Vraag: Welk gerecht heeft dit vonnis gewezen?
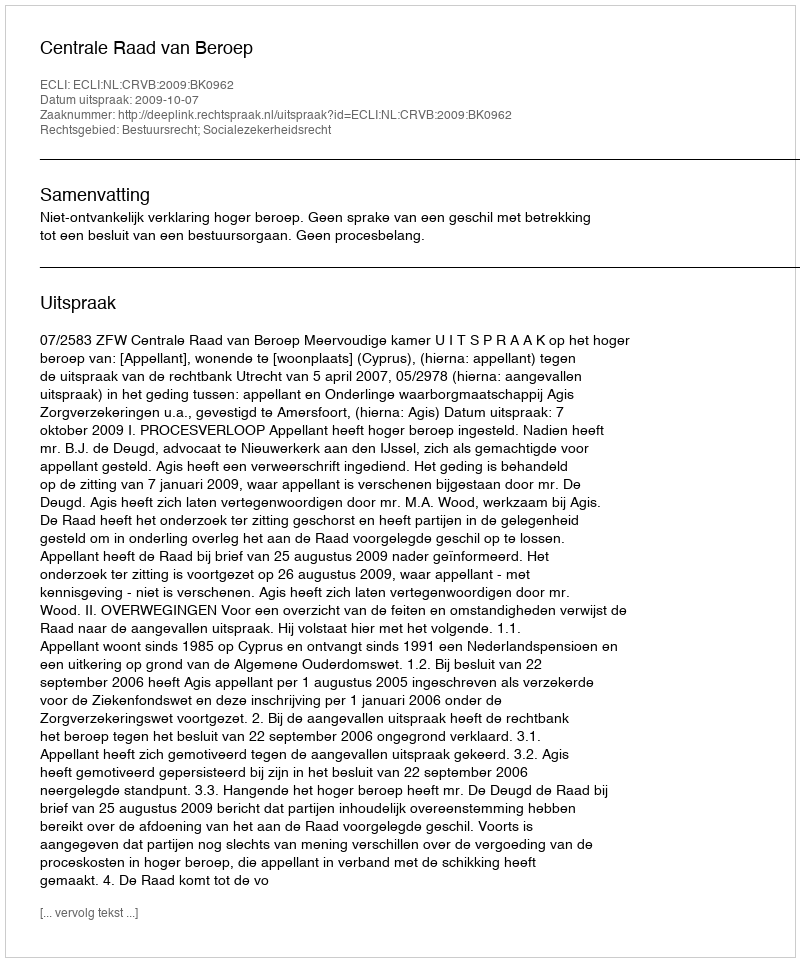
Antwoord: Centrale Raad van Beroep